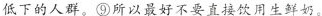
低下的人群。⑨所以最好不要直接饮用生鲜奶。